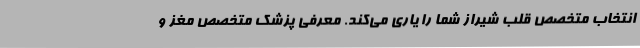
انتخاب متخصص قلب شیراز شما را یاری می‌کند. معرفی پزشک متخصص مغز و